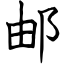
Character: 邮